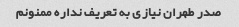
صدر طهران نیازی به تعریف نداره ممنونم